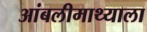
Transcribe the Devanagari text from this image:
आंबलीमाथ्याला